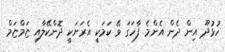
ހުޅުދޫ އިން ދެން އެންމެ ފާހަގަ ވޭ ކަމަކީ އެރަށަކީ ދޮންކޭލާއި ޏަމްޏަމް